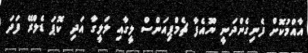
އާއްމުކޮށް ފެނިގެންދަނީ ޔޫއެފާ ޗެމްޕިއަންސް ލީގާއި ލަލީގާ އަދި ކޮޕަ ޑެލްރޭ ފަދަ